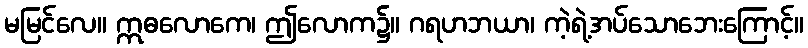
မမြင်လေ။ ဣဓလောကေ၊ ဤလောက၌။ ဂရဟဘယာ၊ ကဲ့ရဲ့အပ်သောဘေးကြောင့်။